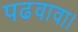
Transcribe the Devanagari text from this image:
पढवावा।